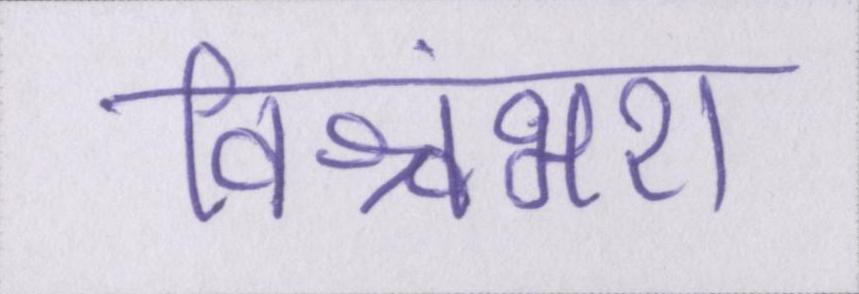
विश्वंभरा